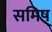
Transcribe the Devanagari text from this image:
समिष